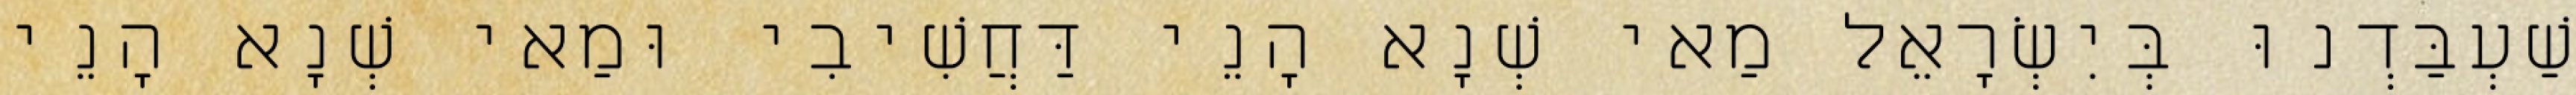
שַׁעְבַּדְנוּ בְּיִשְׂרָאֵל מַאי שְׁנָא הָנֵי דַּחֲשִׁיבִי וּמַאי שְׁנָא הָנֵי